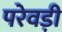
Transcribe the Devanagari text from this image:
परेवड़ी